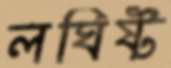
লঘিষ্ট